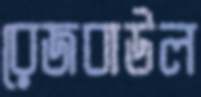
রেজবাউল